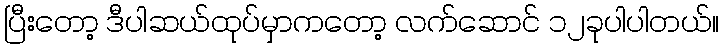
ပြီးတော့ ဒီပါဆယ်ထုပ်မှာကတော့ လက်ဆောင် ၁၂ခုပါပါတယ်။